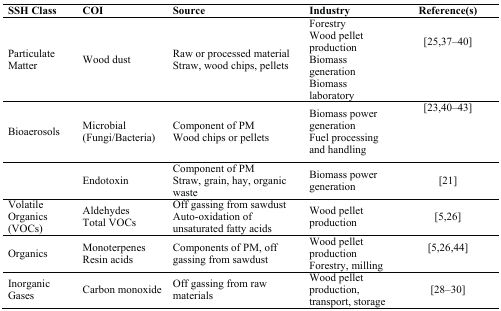
<table><thead><tr><td><b>SSH Class</b></td><td><b>COI</b></td><td><b>Source</b></td><td><b>Industry</b></td><td><b>Reference(s)</b></td></tr></thead><tbody><tr><td>Particulate Matter </td><td>Wood dust</td><td>Raw or processed material Straw, wood chips, pellets</td><td>Forestry Wood pellet production Biomass generation Biomass laboratory</td><td>[25,37,38,39,40]</td></tr><tr><td>Bioaerosols</td><td>Microbial (Fungi/Bacteria)</td><td>Component of PM Wood chips or pellets </td><td>Biomass power generation Fuel processing and handling</td><td>[23,40,41,42,43]</td></tr><tr><td></td><td>Endotoxin</td><td>Component of PM Straw, grain, hay, organic waste</td><td>Biomass power generation</td><td>[21]</td></tr><tr><td>Volatile Organics (VOCs)</td><td>Aldehydes Total VOCs</td><td>Off gassing from sawdust Auto-oxidation of unsaturated fatty acids </td><td>Wood pellet production</td><td>[5,26]</td></tr><tr><td>Organics</td><td>Monoterpenes Resin acids</td><td>Components of PM, off gassing from sawdust</td><td>Wood pellet production Forestry, milling</td><td>[5,26,44]</td></tr><tr><td>Inorganic Gases</td><td>Carbon monoxide</td><td>Off gassing from raw materials</td><td>Wood pellet production, transport, storage</td><td>[28,29,30]</td></tr></tbody></table>